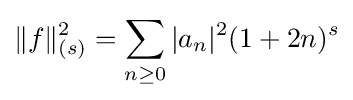
\|f\|_{(s)}^{2}=\sum _{n\geq 0}|a_{n}|^{2}(1+2n)^{s}